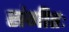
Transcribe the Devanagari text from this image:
संगीतः